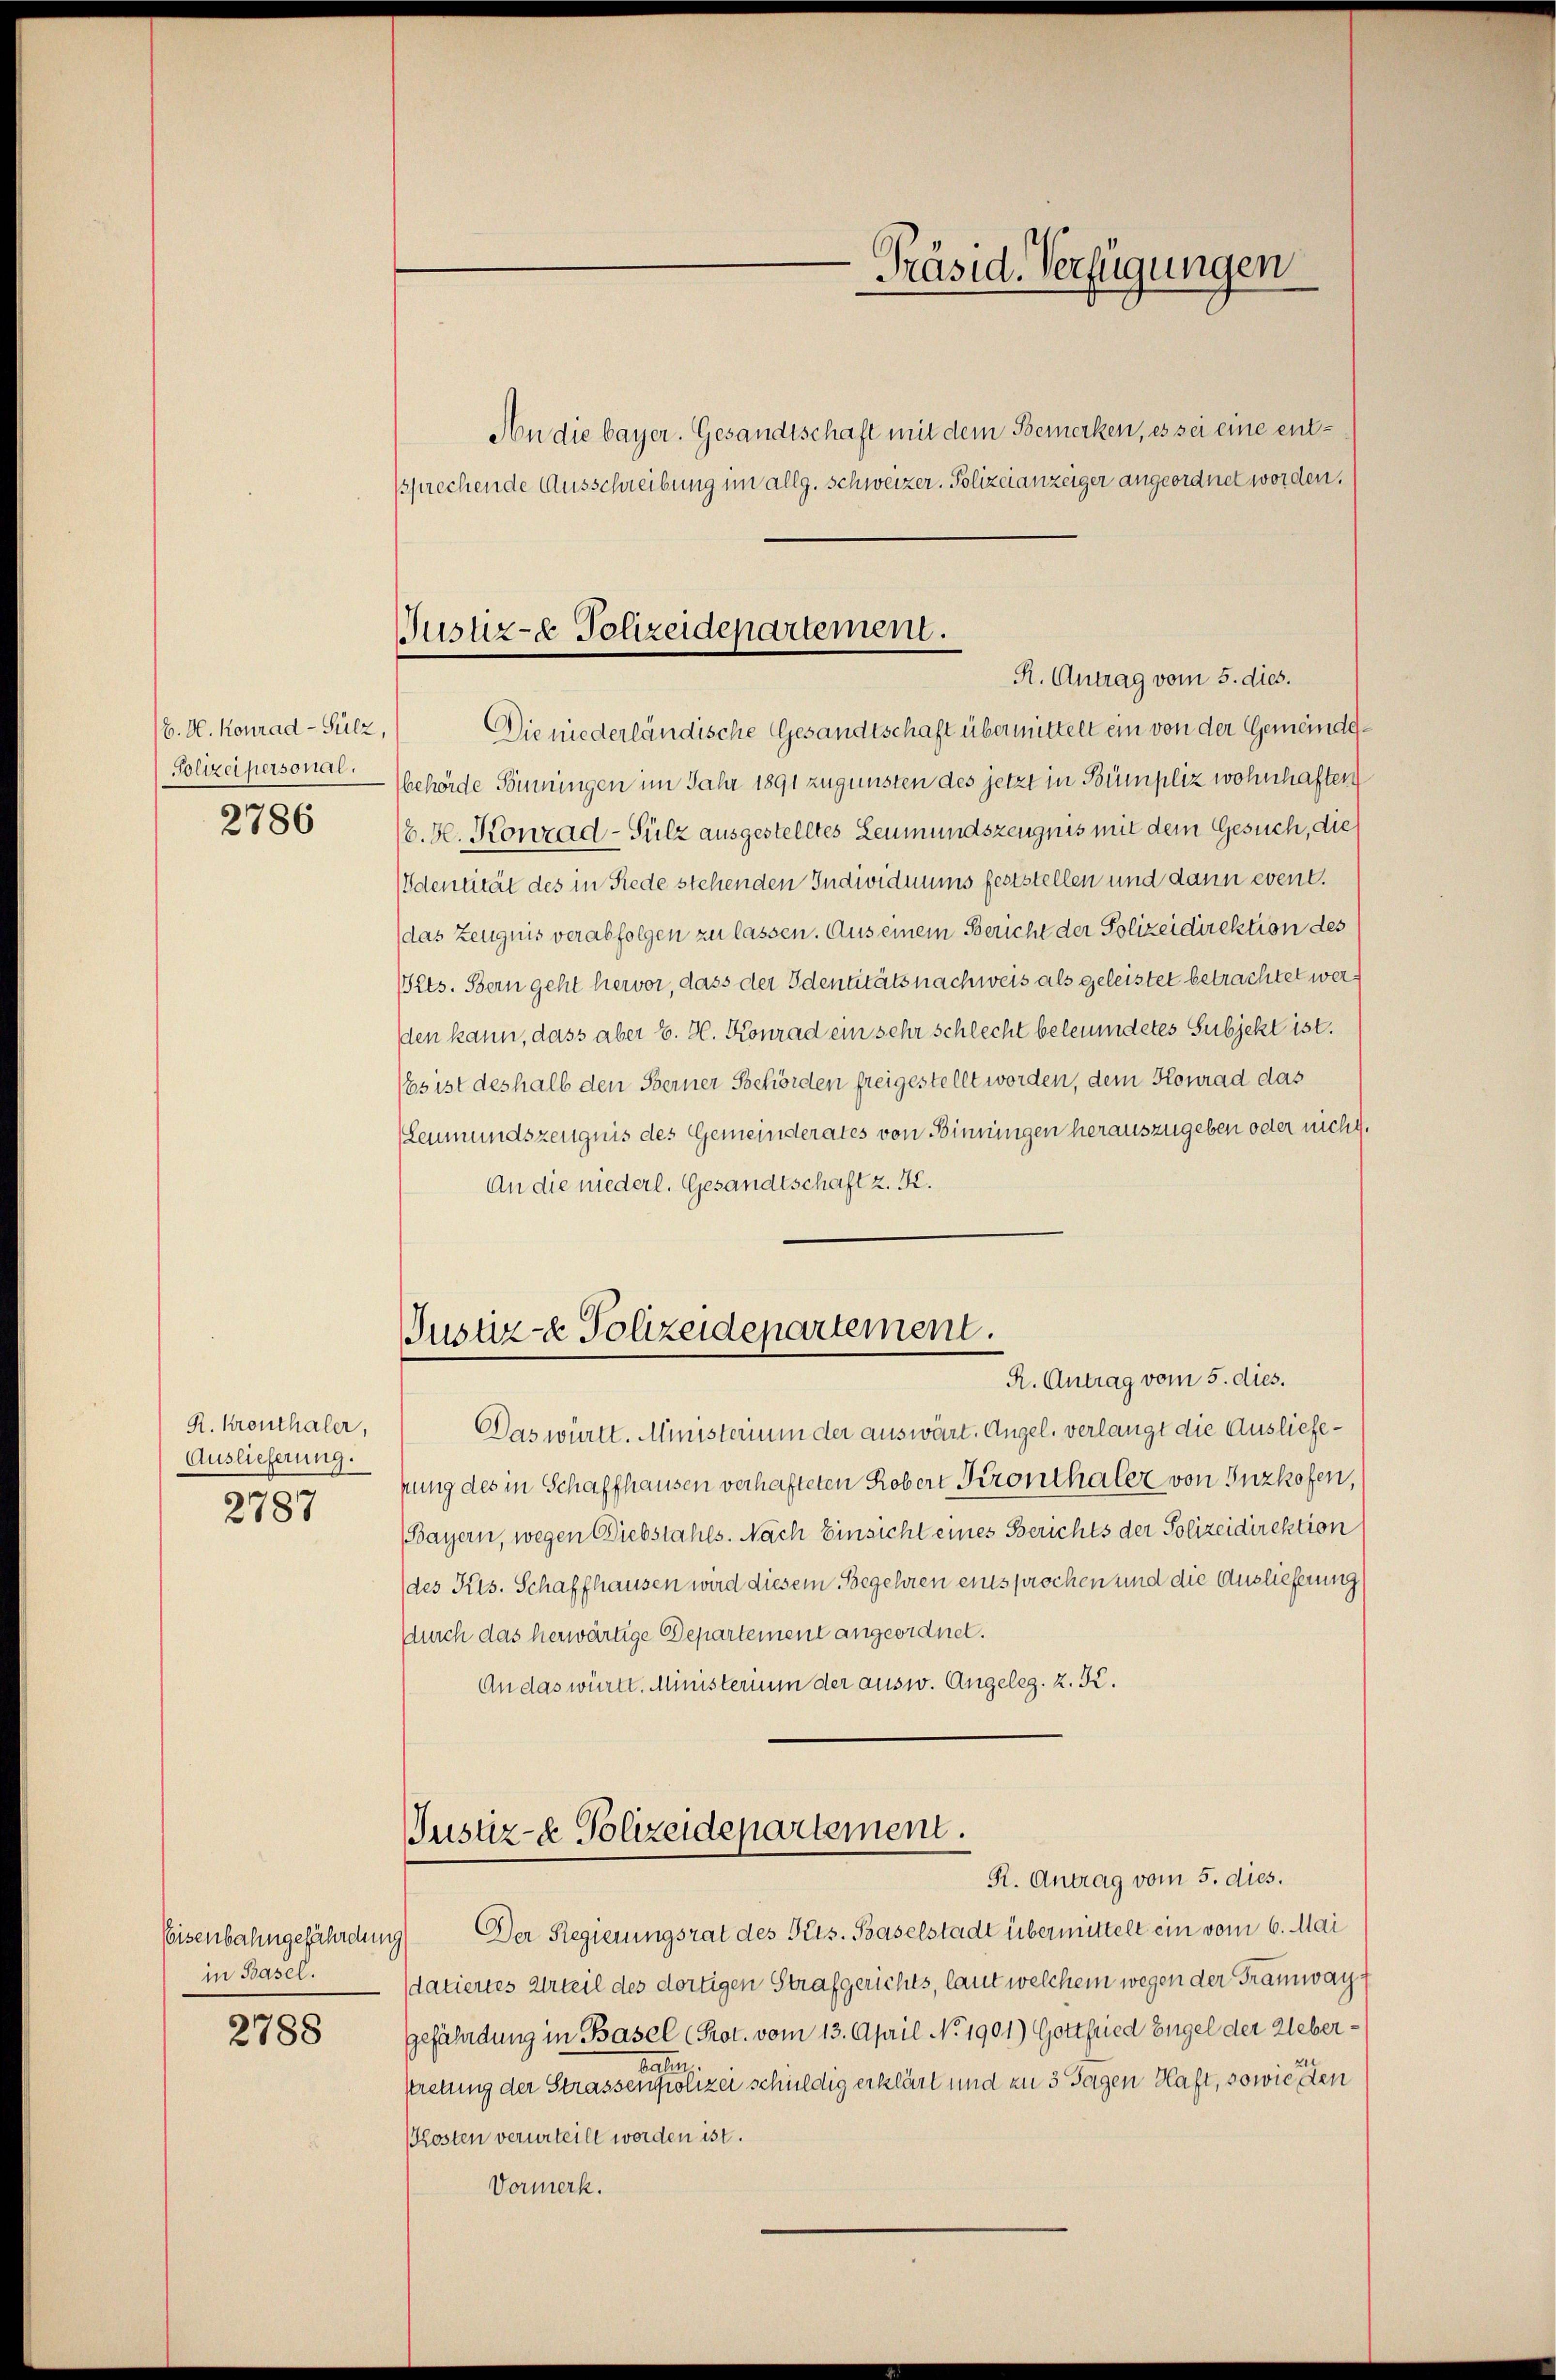
/6. A. Konrad Sulz,
Polizei personal.
2786

R. Krenthaler,
Auslieferung.
2787

in Basel.
2788

An die bayer. Gesandtschaft mit dem Bemerken, es sei eine entsprechende Ausschreibung im allg. Schweizer. Polizeianzeiger angeordnet worden.
Die niederländische Gesandtschaft übermittelt ein von der Gemeindesbehörde Benningen im Jahr 1891 zugunsten des jetzt in Bumpliz wohnhaften
(6. Hl. Konzad-Sülz ausgestelltes Leumundszeugnis mit dem Gesuch, die
Identität des in Riede stehenden Individuums feststellen und dann event.
(das Zeugnis verabfolgen zu lassen. Aus einem Bericht der Polizeidirektion des
Pets. Bern geht hervor, dass der Identitäts nachweis als geleistet betrachtet werden kann, dass aber E. H. Konrad ein sehr schlecht beleumdetes Subjekt ist.
Es ist deshalb den Berner Behörden freigestellt worden, dem Konrad das
(Leumundszeugnis des Gemeinderates von Binningen herauszugeben oder nicht.
An die niederl. Gesandtschaft z. K.

Das württ. Ministerium der auswärt. Angel. verlangt die Ausliefepung des in Schaffhausen verhafteten Robert Kronthaler von Inzkofen,
(Bayern, wegen Diebstahls. Nach Einsicht eines Berichts der Polizeidirektion
(des Kts. Schaffhausen wird diesem Begehren entsprochen und die Auslieferung
Aurch das herwärtige Departement angeordnet.
An das württ. Ministerium der ausw. Angeleg. z. K.

Präsid. Verfügungen

Justiz- & Polizeidepartement.
R. Antrag vom 5. dies.

Justiz- & Polizeidepartement.
R. Antrag vom 5. dies.

Justiz- & Polizeidepartement.
R. Antrag vom 5. dies.

Eisenbahngefährdung) Der Regierungsrat des Kts. Baselstadt übermittelt ein vom 6. Mai
sdatiertes Urteil des dortigen Strafgerichts, laut welchem wegen der Tramwayt
gefährdung in Basel (Prot. vom 13. April No 1901) Gottfried Engel der Ueberktretung der Strassenger solizei schuldig erklärt und in 3 Sagen Haft, sowie den
Posten verurteilt worden ist.
Vormerk.